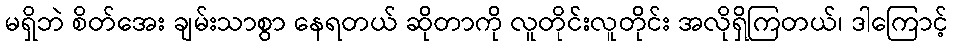
မရှိဘဲ စိတ်အေး ချမ်းသာစွာ နေရတယ် ဆိုတာကို လူတိုင်းလူတိုင်း အလိုရှိကြတယ်၊ ဒါကြောင့်